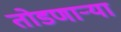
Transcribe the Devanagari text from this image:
तोडणाऱ्या